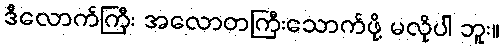
ဒီလောက်ကြီး အလောတကြီးသောက်ဖို့ မလိုပါ ဘူး။